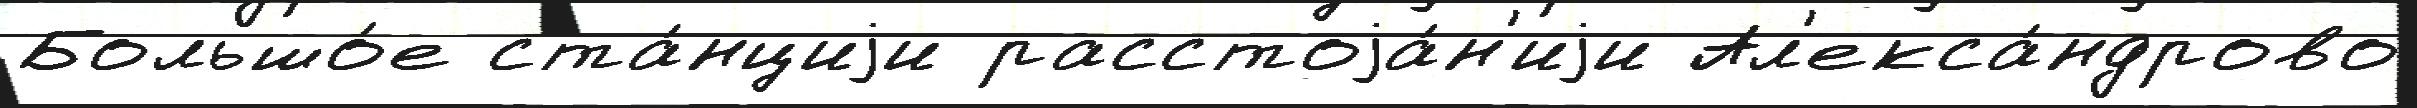
Большо́е ста́нциjи расстоjа́н'иjи Ал'екса́ндрово